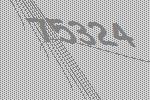
75324